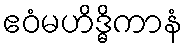
ဧဝံမဟိဒ္ဓိကာနံ